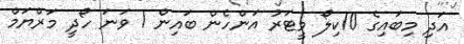
އަދި މިބައިގެ 10ކިލޯ މީޓަރު އަންހެން ބައިން 1 ވަނަ ހޯދީ މަރްޔަމް